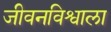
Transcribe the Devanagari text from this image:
जीवनविश्वाला